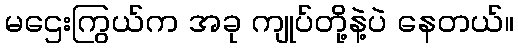
မဌေးကြွယ်က အခု ကျုပ်တို့နဲ့ပဲ နေတယ်။